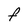
Character: f